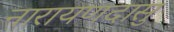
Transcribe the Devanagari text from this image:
नारायणदासु